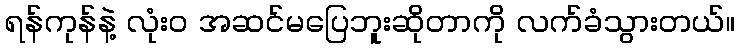
ရန်ကုန်နဲ့ လုံးဝ အဆင်မပြေဘူးဆိုတာကို လက်ခံသွားတယ်။